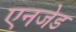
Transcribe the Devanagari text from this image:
एनजेड